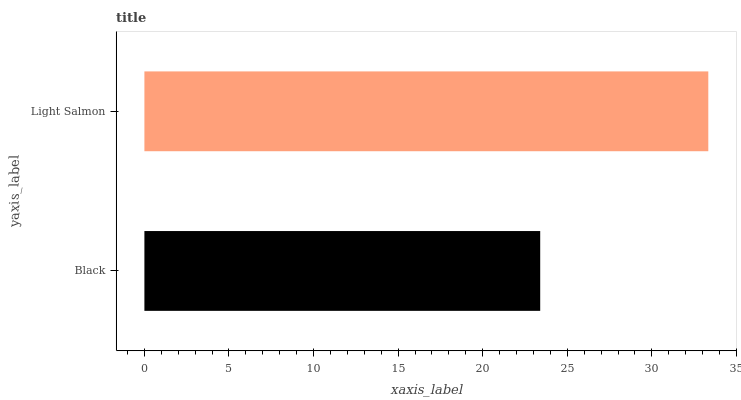
| yaxis_label | bars |
 | --- | --- |
 | Black | 23.4 |
 | Light Salmon | 33.3 |